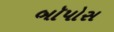
બૉપોસ